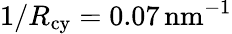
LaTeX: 1/R_{\mathrm{cy}}=0.07{\mathrm{\, nm}}^{-1}